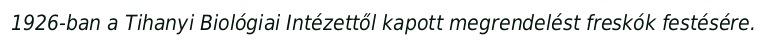
1926-ban a Tihanyi Biológiai Intézettől kapott megrendelést freskók festésére.